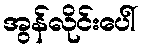
အွန်လိုင်းပေါ်